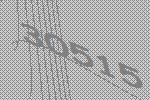
30515